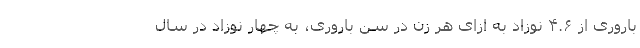
باروری از ۴.۶ نوزاد به ازای هر زن در سن باروری، به چهار نوزاد در سال